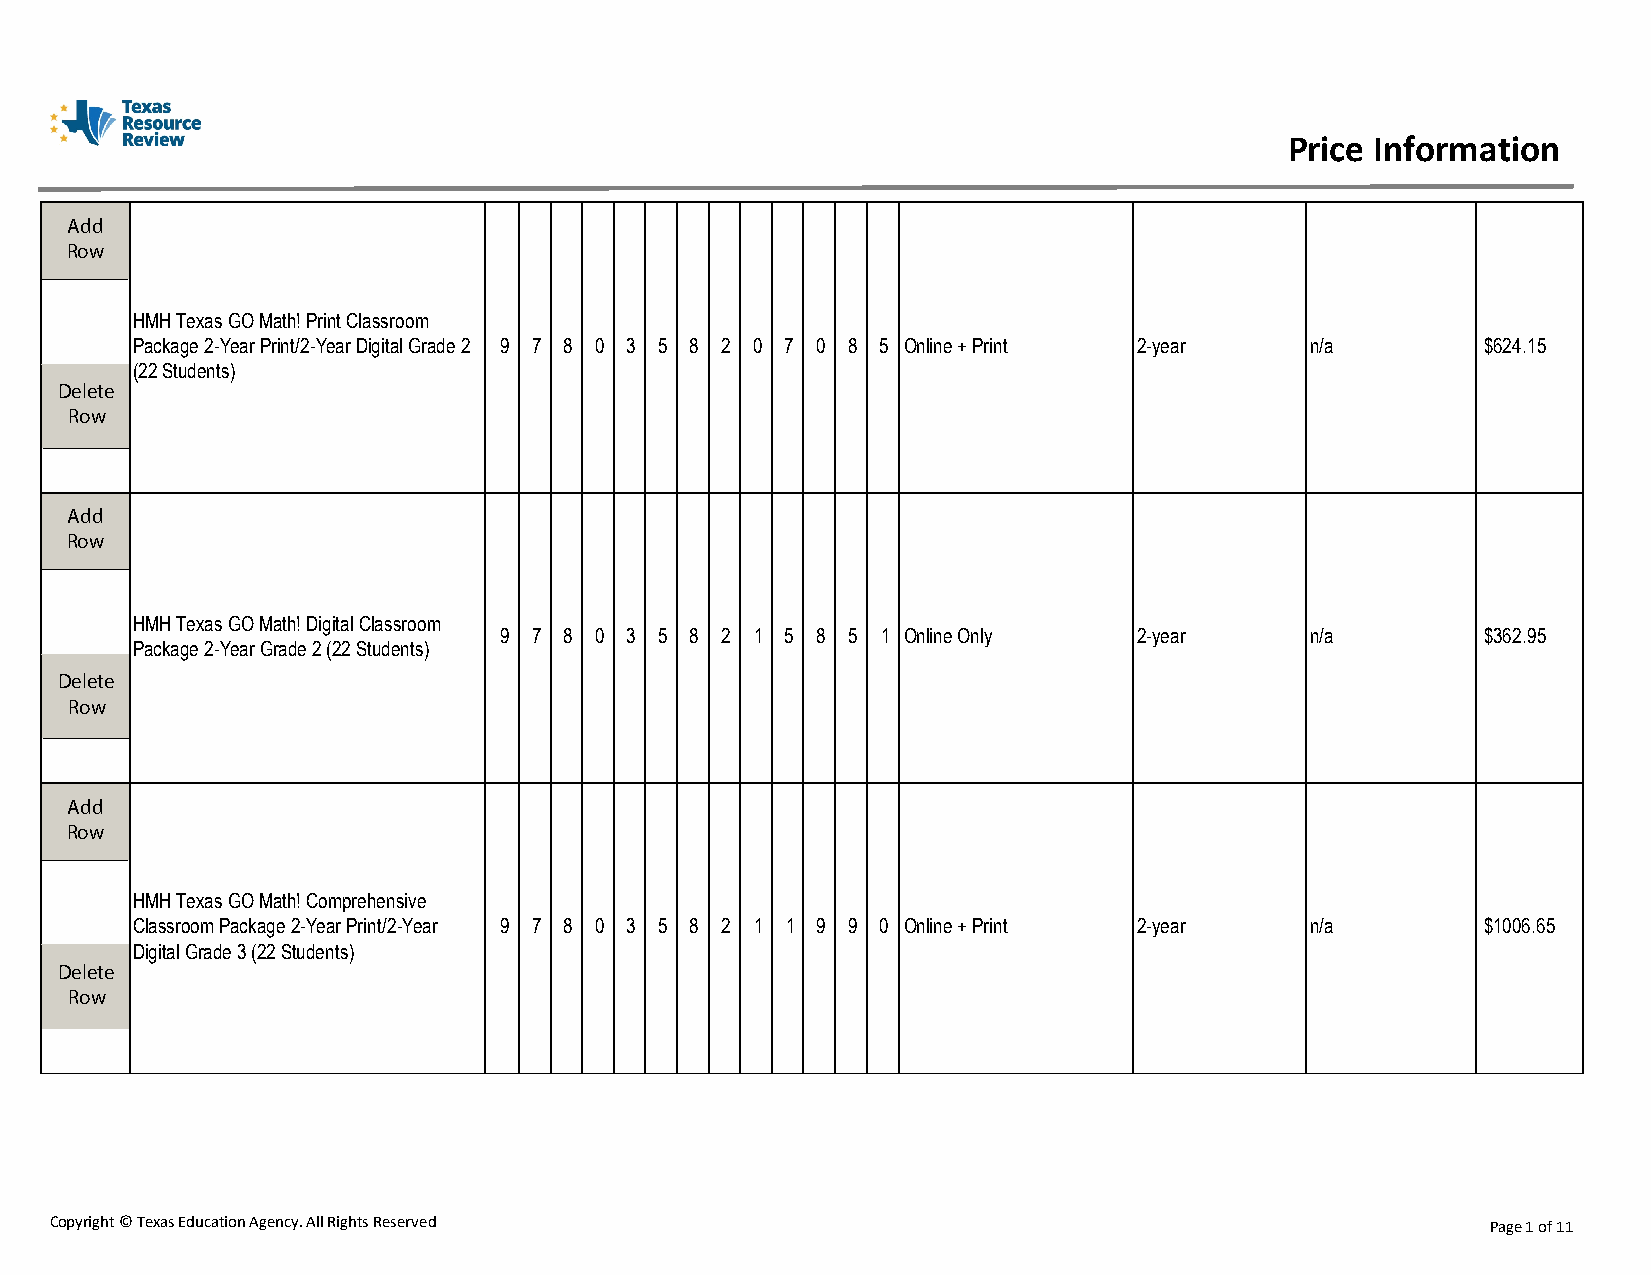
Price Information
 Add
 Row
 HMH Texas GO Math! Print Classroom
 Package 2-Year Print/2-Year Digital Grade 2 9 7 8 0 3 5 8 2 0 7 0 8 5 Online + Print 2-year n/a $624.15
 (22 Students)
 Delete
 Row
 Add
 Row
 HMH Texas GO Math! Digital Classroom
 9 7 8 0 3  5 8 2 1 5 8 5 1 Online Only    2-year      n/a        $362.95
 Package 2-Year Grade 2 (22 Students)
 Delete
 Row
 Add
 Row
 HMH Texas GO Math! Comprehensive
 Classroom Package 2-Year Print/2-Year 9 7 8 0 3 5 8 2 1 1 9 9 0 Online + Print 2-year n/a $1006.65
 Digital Grade 3 (22 Students)
 Delete
 Row
 Copyright © Texas Education Agency. All Rights Reserved                                         Page 1 of 11